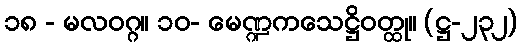
၁၈ - မလဝဂ္ဂ။ ၁၀- မေဏ္ဍကသေဋ္ဌိဝတ္ထု။ (ဋ္ဌ-၂၃၂)